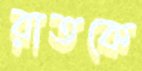
রাতকে